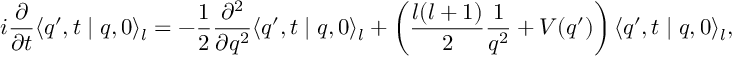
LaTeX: i \frac { \partial } { \partial t } \langle q ^ { \prime } , t \mid q , 0 \rangle _ { l } = - \frac { 1 } { 2 } \frac { \partial ^ { 2 } } { \partial q ^ { 2 } } \langle q ^ { \prime } , t \mid q , 0 \rangle _ { l } + \left( \frac { l ( l + 1 ) } { 2 } \frac { 1 } { q ^ { 2 } } + V ( q ^ { \prime } ) \right) \langle q ^ { \prime } , t \mid q , 0 \rangle _ { l } ,